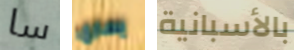
سا يساري بالأسبانية